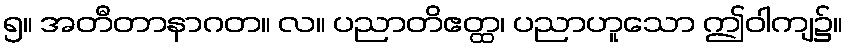
၅။ အတီတာနာဂတ။ လ။ ပညာတိဧတ္ထ၊ ပညာဟူသော ဤဝါကျ၌။